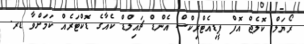
ރޯޔަލް ކޮލެޖް އޮފް ޕީޑިއެޓްރިކްސް އެންޑް ޗައިލްޑް ކެއާގެ ޑޮކްޓަރެއް ކަމަށްވާ ޑރ.